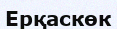
Ерқаскөк